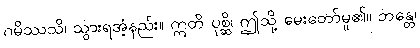
ဂမိဿသိ၊ သွားရအံ့နည်း။ ဣတိ ပုစ္ဆိ၊ ဤသို့ မေးတော်မူ၏။ ဘန္တေ၊